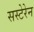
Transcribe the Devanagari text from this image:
सस्टेरेन